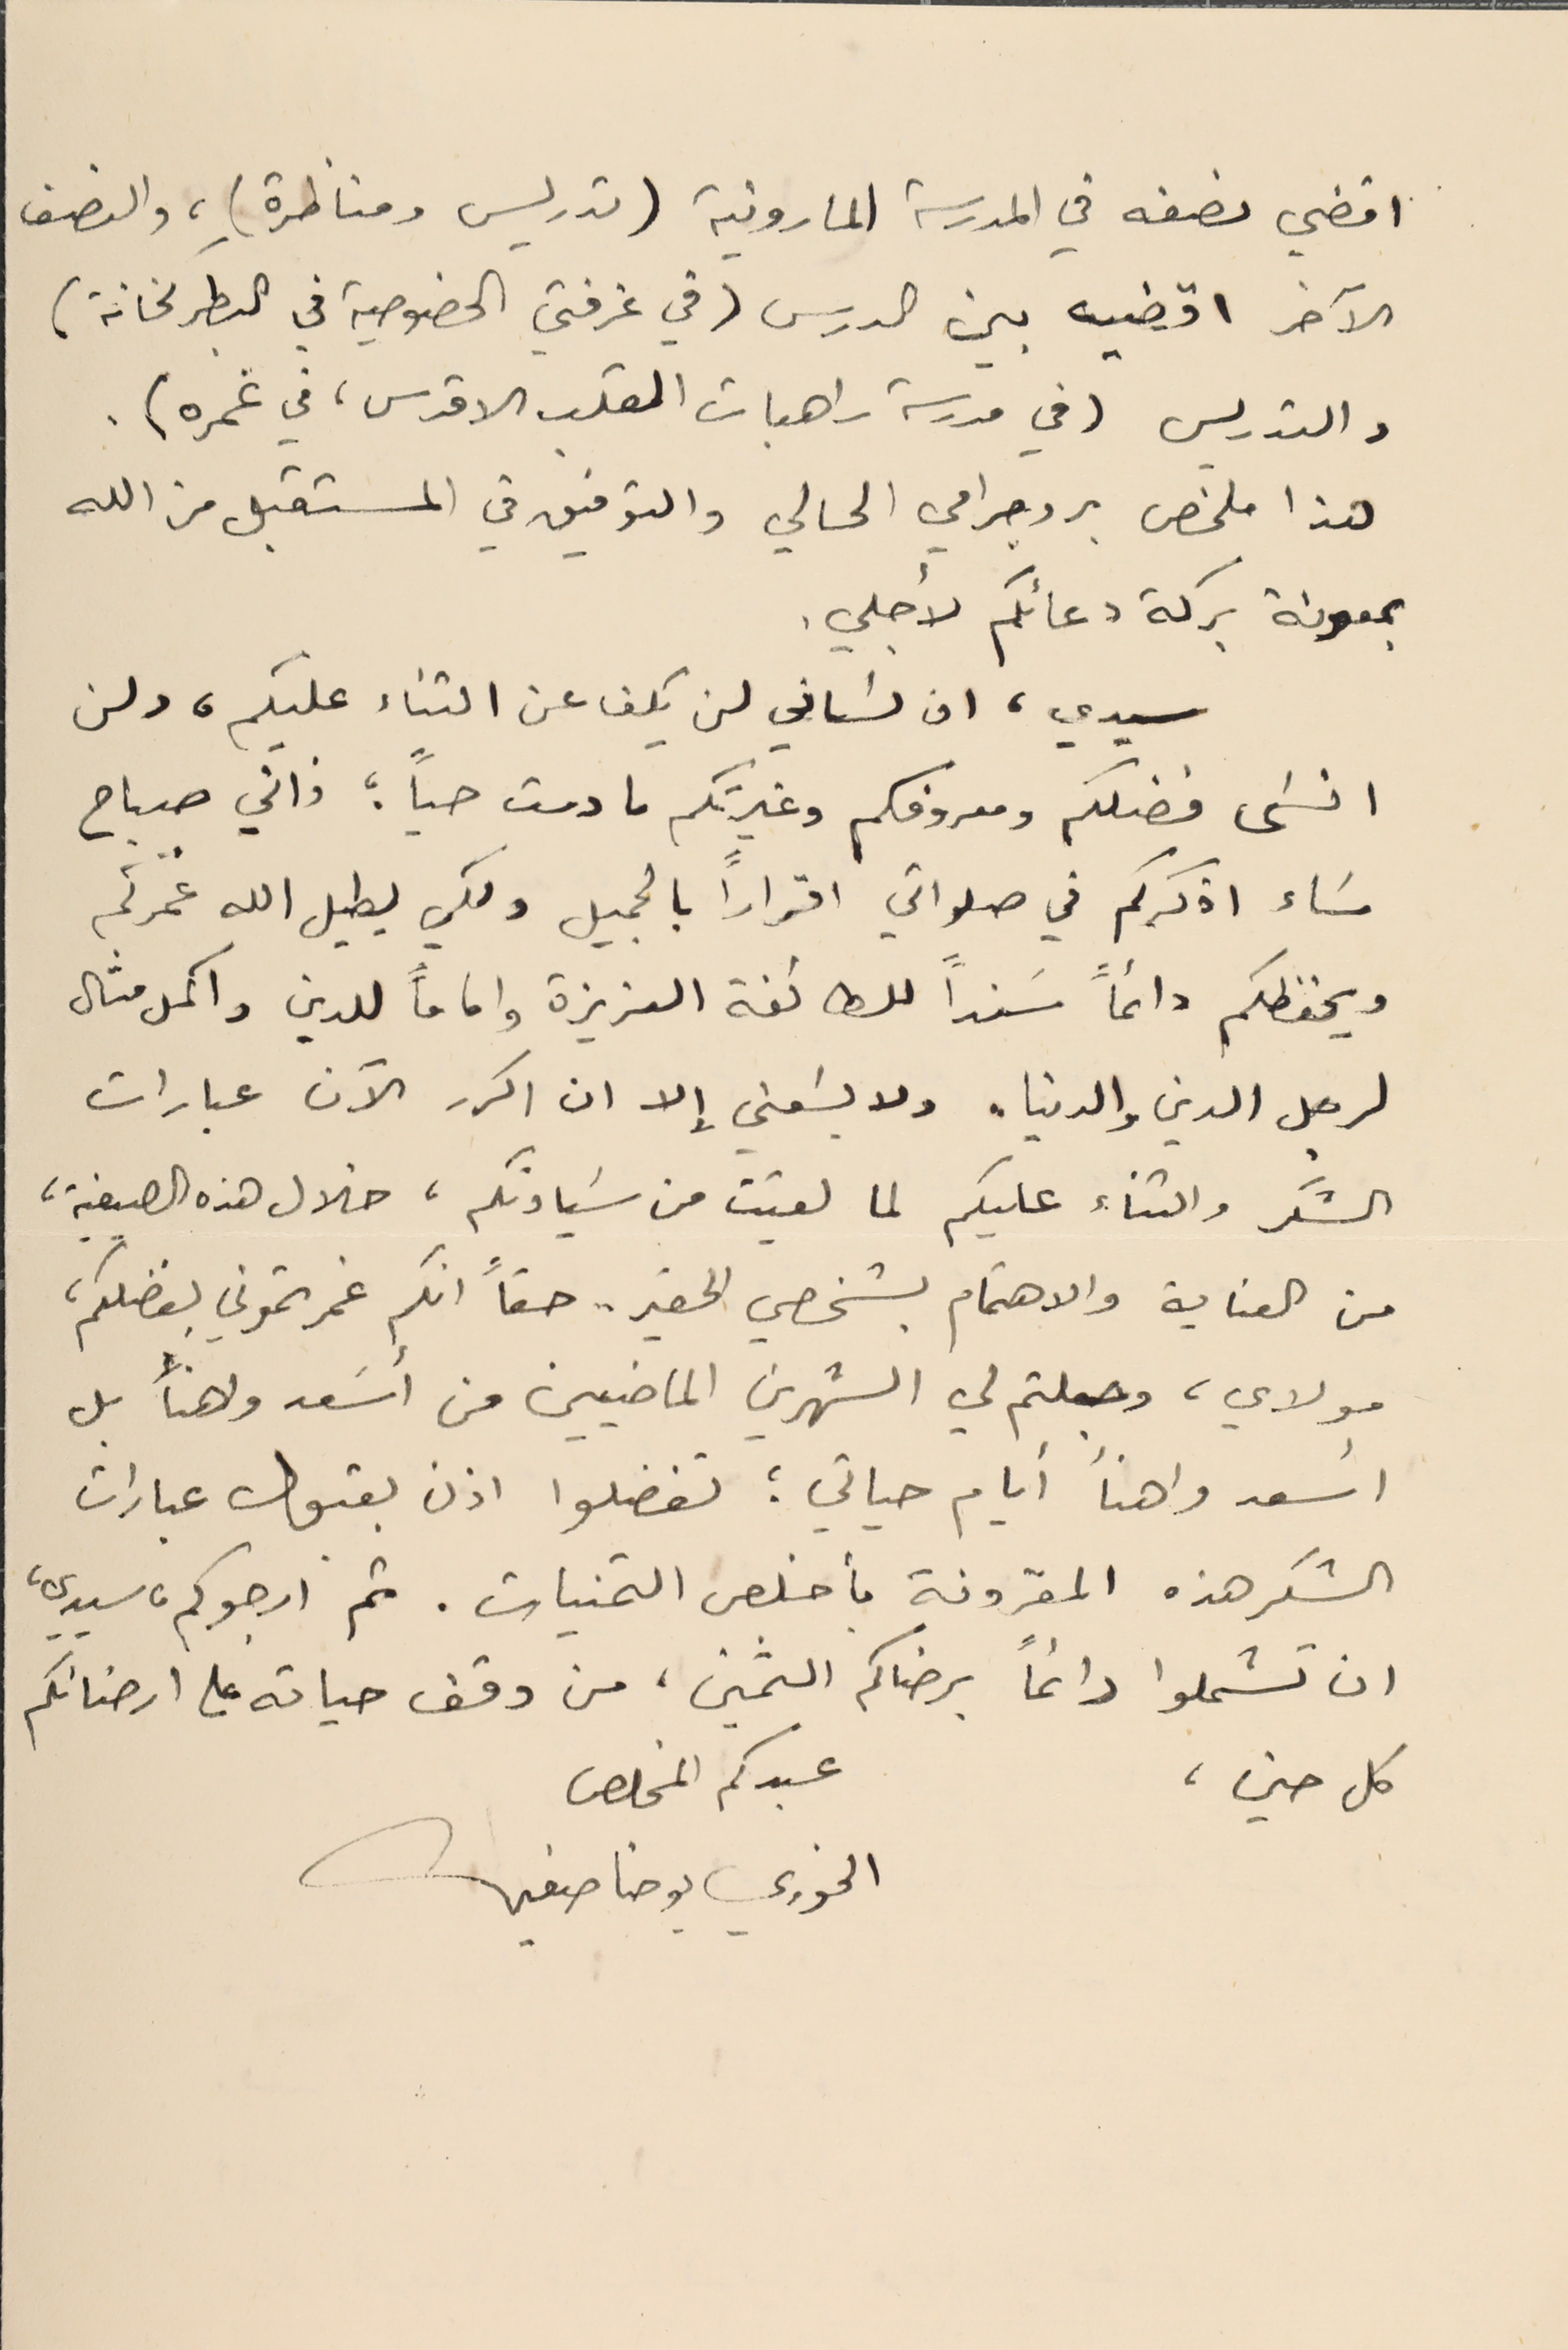
اقضي نصفه في المدرسة المارونية (تدريس ومناظرة)، والنصف
الآخر اقضيه بين الدرس (في غرفتي الخصوصية في البطركخانة)
والتدريس (في مدرسة راهبات القلب الاقدس، في غمره).
 هذا ملخص بروجرامي الحالي والتوفيق في المستقبل من الله
 بمعونة بركة دعائكم لأجلي.
 سيدي، ان لسَاني لن يكف عن الثناء عليكم، ولن
انسَى فضلكم ومعروفكم وغيرتكم ما دمت حياً ؛ فاني صباح
 مسَاء اذكركم في صلواتي اقراراً بالجميل ولكي يطيل الله عُمْركم
ويحفظكم دائماً سَنداً للطائفة العزيزة واماماً للدين واكمل مثال
لرجل الدين والدنيا. ولا يسَعني إلا ان اكرر الآن عبارات
الشكر والثناء عليكم لما لقيت من سَيادتكم، خلال هذه الصيفية،
 من العناية والاهتمام بشخصي الحقير . حقاً انكم غمرتموني بفضلكم،
مولاي، وجعلتم لي الشهرين الماضيين من أُسَعد واهنأ بل
 أسعد واهنأ أيام حياتي ؛ تفضلوا اذن بقبول عبارات
الشكر هذه المقرونة بأخلص التمنيات. ثم ارجوكم ، سيدي،
 ان تشملوا دائماً برضاكم الثمين، من وقف حياته على ارضائكم
 كل حين،
الخوري يوحنا صفير
عبدكم المخلص